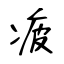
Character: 疲